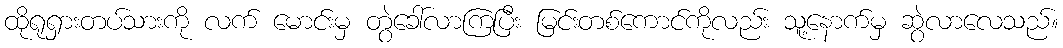
ထိုရုရှားတပ်သားကို လက် မောင်းမှ တွဲခေါ်လာကြပြီး မြင်းတစ်ကောင်ကိုလည်း သူ့နောက်မှ ဆွဲလာလေသည်။